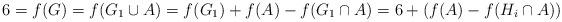
LaTeX: \begin{align*}6=f(G)=f(G_1\cup A) = f(G_1)+f(A)-f(G_1\cap A)=6+(f(A)-f(H_i\cap A))\end{align*}